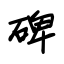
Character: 碑